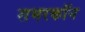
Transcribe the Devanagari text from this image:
समरकॉन